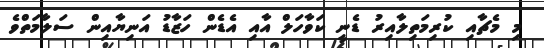
މި މެޗާއި ކުރިމަތިލާއިރު ޑެނީ ކަވާހަލް އާއި އެޑެން ހަޒާޑު އަނިޔާއިން ސަލާމަތްވެ